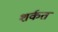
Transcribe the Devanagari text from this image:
शर्कत